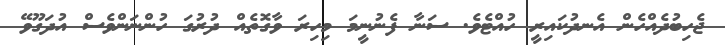
ޖެހިބުދެއްހެން އެނދުކައިރީ ހުއްޓެވެ. ސަނާ ފެނުނީމަ މިހިރަ ވާގޮތެއް ދުރުގަ ހުންނަންވެސް އުދަގޫވޭ